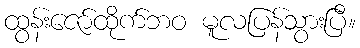
ထွန်းဇော်ထိုက်ဘဝ မူလပြန်သွားပြီ။